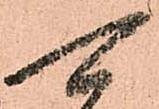
可